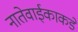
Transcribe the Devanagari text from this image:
नातेवाईकाकडे